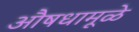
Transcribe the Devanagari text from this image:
औषधामूळे